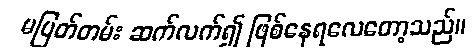
မပြတ်တမ်း ဆက်လက်၍ ဖြစ်နေရလေတော့သည်။